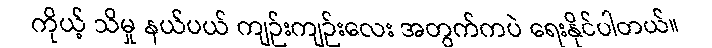
ကိုယ့် သိမှု နယ်ပယ် ကျဉ်းကျဉ်းလေး အတွက်ကပဲ ရေးနိုင်ပါတယ်။